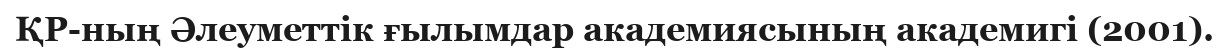
ҚР-ның Әлеуметтік ғылымдар академиясының академигі (2001).